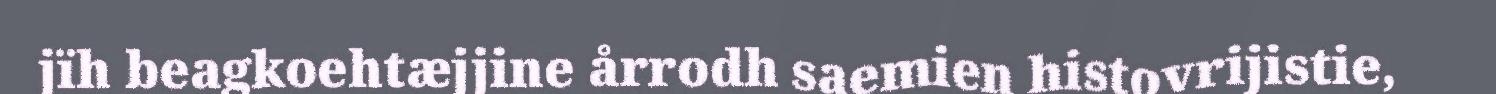
jïh beagkoehtæjjine årrodh saemien histovrijistie,